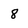
Character: 8